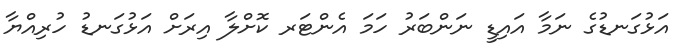
އަޅުގަނޑުގެ ނަމާ އައިޑީ ނަންބަރު ހަމަ އެންޓަރ ކޮށްލާ އިރަށް އަޅުގަނޑު ހުރިއްޔާ